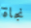
نجاة